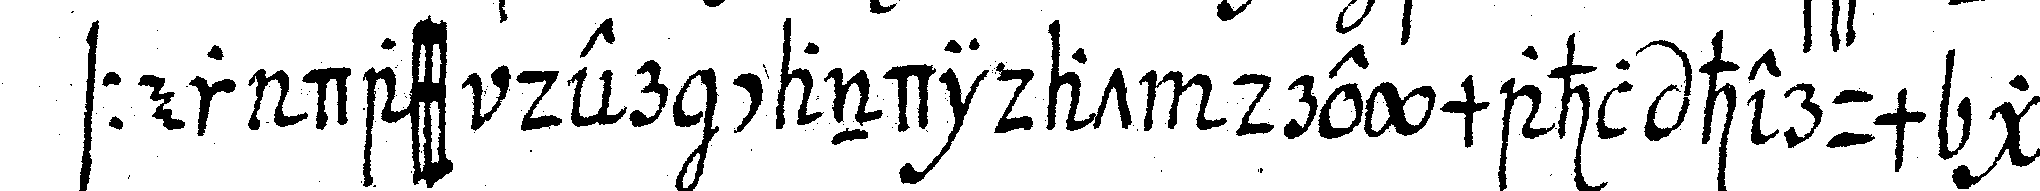
sser dass der candiat dreymahl herum ge